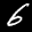
Label: 6